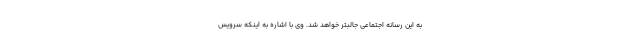
به این رسانه اجتماعی جالبتر خواهد شد. وی با اشاره به اینکه سرویس